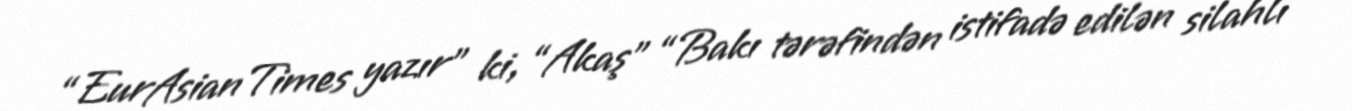
“EurAsianTimes yazır” ki, “Akaş” “Bakı tərəfindən istifadə edilən silahlı